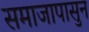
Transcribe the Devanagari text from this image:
समाजापासुन